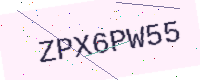
Text: ZPX6PW55